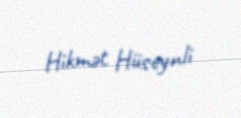
Hikmət Hüseynli